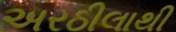
અરઠીલાથી